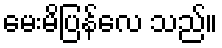
မေးမိပြန်လေ သည်။